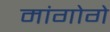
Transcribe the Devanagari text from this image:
मांगोगे